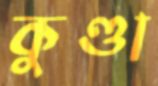
কুণ্ডা